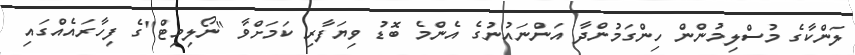
ލަންކާގެ މުސްލިމުންން ހިންގަމުންދާ އަންނައުނުގެ އެންމެ ބޮޑު ވިޔަފާރި ކަމަށްވާ "ނޯލިމިޓް"ގެ ފިހާރައެއްގައި